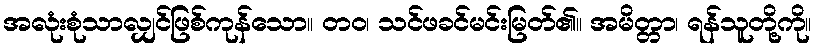
အလုံးစုံသာလျှင်ဖြစ်ကုန်သော။ တဝ၊ သင်ဖခင်မင်းမြတ်၏။ အမိတ္တာ၊ ရန်သူတို့ကို။